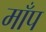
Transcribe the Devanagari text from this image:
माँप